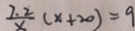
\frac { 7 . 2 } { x } ( x + 2 0 ) = 9